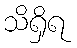
သိရှိရ